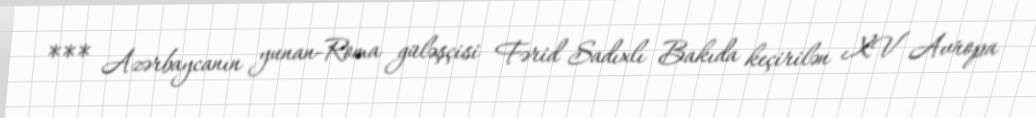
*** Azərbaycanın yunan-Roma güləşçisi Fərid Sadıxlı Bakıda keçirilən XV Avropa